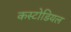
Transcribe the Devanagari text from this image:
कस्टोडियल